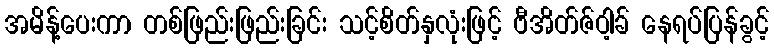
အမိန့်ပေးကာ တစ်ဖြည်းဖြည်းခြင်း သင့်စိတ်နှလုံးဖြင့် ဗီအိတ်ဇ်ဝါ့ခ် နေရပ်ပြန်ခွင့်